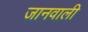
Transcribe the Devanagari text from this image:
जानवाली